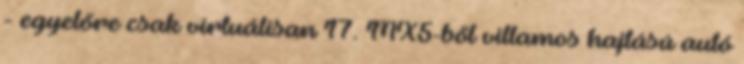
- egyelőre csak virtuálisan 17. MX5-ből villamos hajtású autó